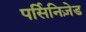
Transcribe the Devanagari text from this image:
पर्सिनिज़ेड